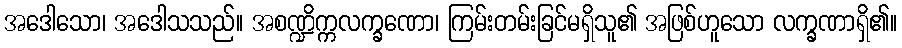
အဒေါသော၊ အဒေါသသည်။ အစဏ္ဍိက္ကလက္ခဏော၊ ကြမ်းတမ်းခြင်မရှိသူ၏ အဖြစ်ဟူသော လက္ခဏာရှိ၏။